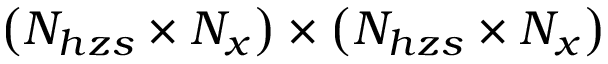
\left( N _ { h z s } \times N _ { x } \right) \times \left( N _ { h z s } \times N _ { x } \right)